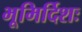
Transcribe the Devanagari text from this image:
भूमिर्दिशः